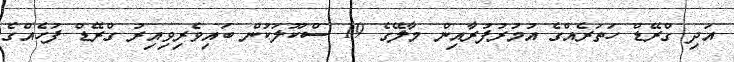
އަދި ގްރޭޑް ހަތަރެއްގެ އުމުރުފުރާއިން މާލޭގެ 19 ސްކޫލަކުން ބައިވެރިވިއިރު ގްރޭޑް ފަހެއްގެ